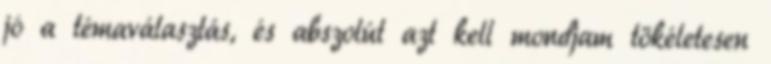
jó a témaválasztás, és abszolút azt kell mondjam tökéletesen